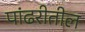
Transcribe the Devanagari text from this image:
पांढरीतील